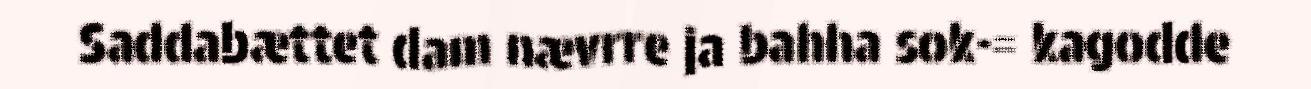
Saddabættet dam nævrre ja bahha sok-= kagodde